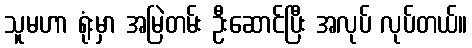
သူမဟာ ရုံးမှာ အမြဲတမ်း ဦးဆောင်ပြီး အလုပ် လုပ်တယ်။